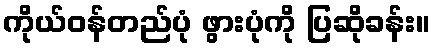
ကိုယ်ဝန်တည်ပုံ ဖွားပုံကို ပြဆိုခန်း။